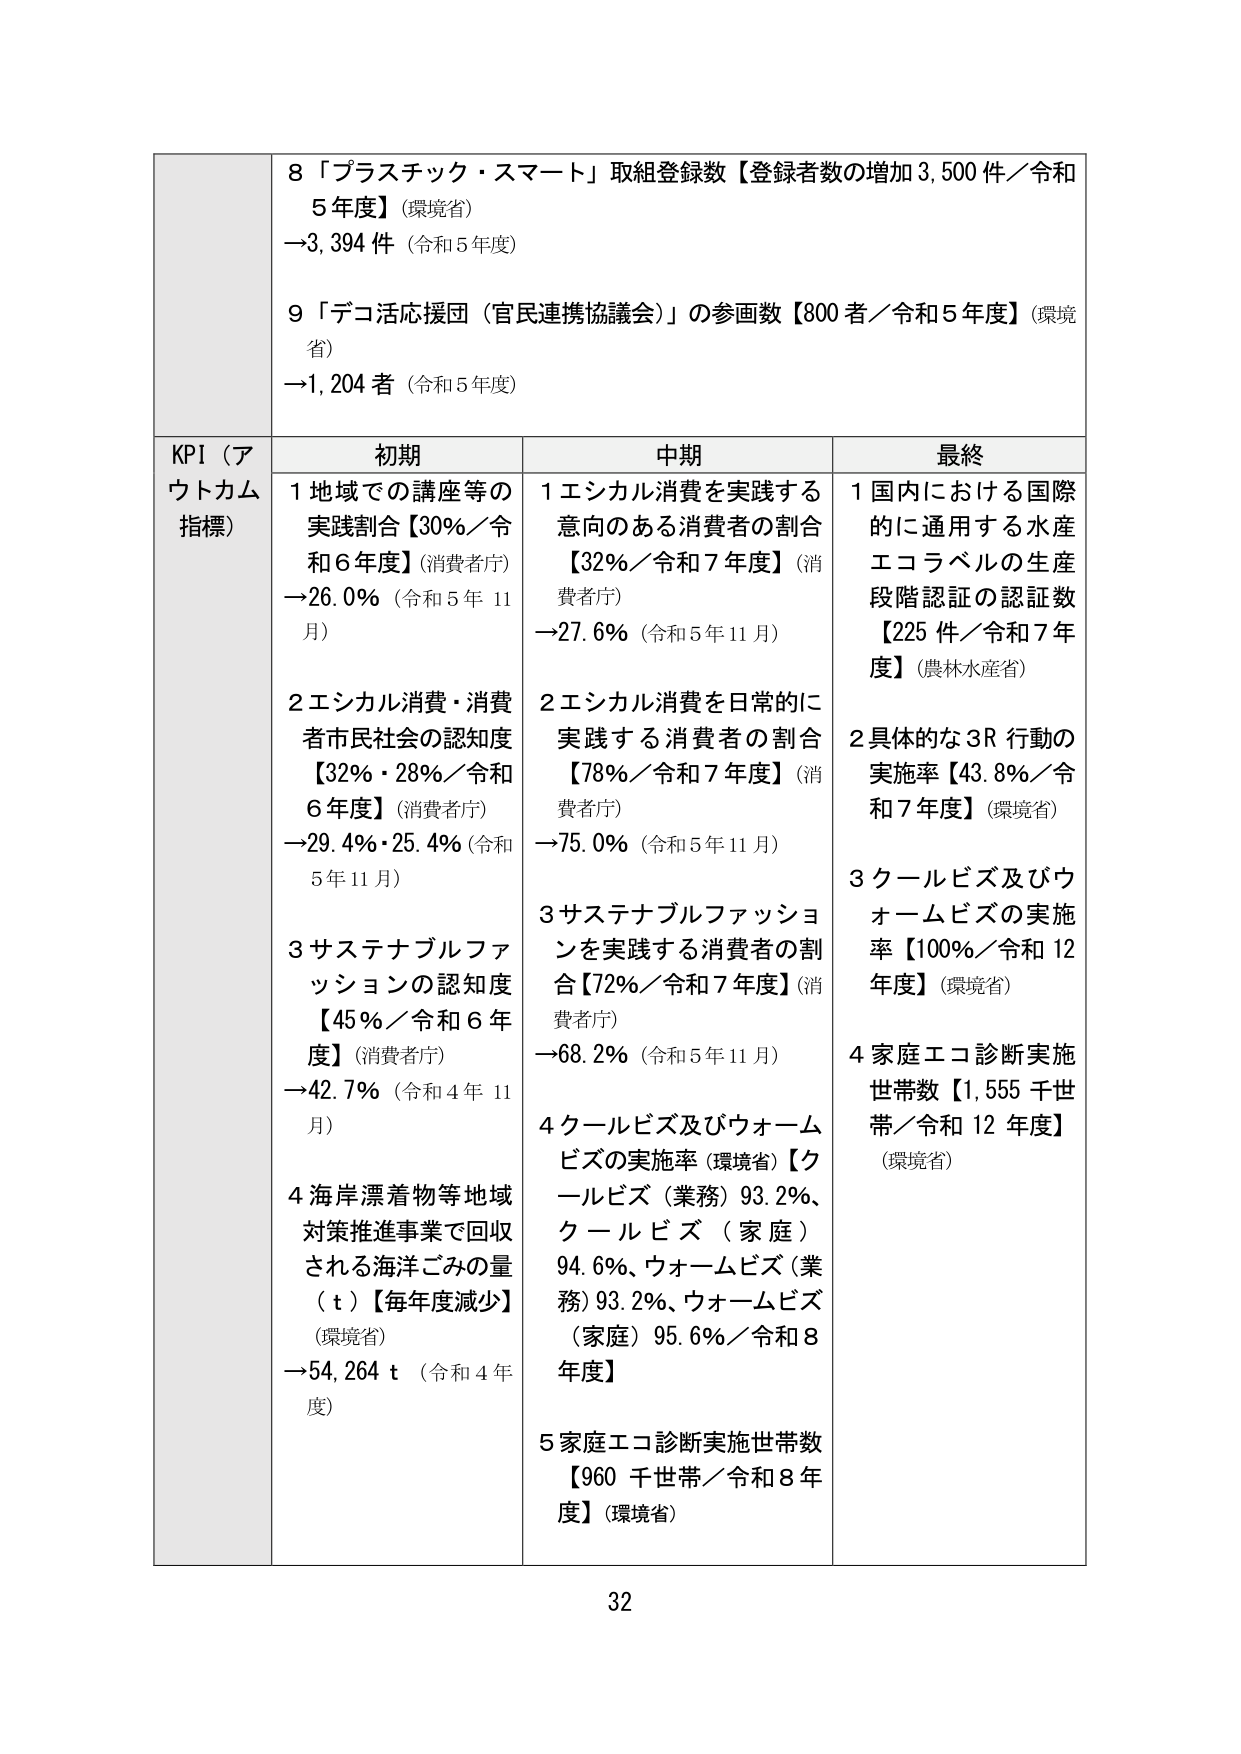
8「プラスチック・スマート」取組登録数【登録者数の増加3,500件／令和5年度】（環境省）
→3,394件（令和5年度）

9「デコ活応援団（官民連携協議会）」の参画数【800者／令和5年度】（環境省）
→1,204者（令和5年度）

KPI（アウトカム指標）

初期
1 地域での講座等の実践割合【30%／令和6年度】（消費者庁）
→26.0%（令和5年11月）

2 エシカル消費・消費者市民社会の認知度【32%・28%／令和6年度】（消費者庁）
→29.4%・25.4%（令和5年11月）

3 サステナブルファッションの認知度【45%／令和6年度】（消費者庁）
→42.7%（令和4年11月）

4 海岸漂着物等地域対策推進事業で回収される海洋ごみの量（ｔ）【毎年度減少】（環境省）
→54,264ｔ（令和4年度）

中期
1 エシカル消費を実践する意向のある消費者の割合【32%／令和7年度】（消費者庁）
→27.6%（令和5年11月）

2 エシカル消費を日常的に実践する消費者の割合【78%／令和7年度】（消費者庁）
→75.0%（令和5年11月）

3 サステナブルファッションを実践する消費者の割合【72%／令和7年度】（消費者庁）
→68.2%（令和5年11月）

4 クールビズ及びウォームビズの実施率（環境省）【クールビズ（業務）93.2%、クールビズ（家庭）94.6%、ウォームビズ（業務）93.2%、ウォームビズ（家庭）95.6%／令和8年度】

5 家庭エコ診断実施世帯数【960千世帯／令和8年度】（環境省）

最終
1 国内における国際的に通用する水産エコラベルの生産段階認証の認証数【225件／令和7年度】（農林水産省）

2 具体的な3R行動の実施率【43.8%／令和7年度】（環境省）

3 クールビズ及びウォームビズの実施率【100%／令和12年度】（環境省）

4 家庭エコ診断実施世帯数【1,555千世帯／令和12年度】（環境省）

32